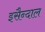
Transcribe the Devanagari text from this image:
इसैन्दाल